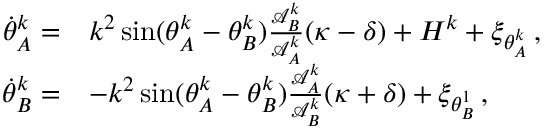
\begin{array} { r l } { \dot { \theta } _ { A } ^ { k } = } & { k ^ { 2 } \sin ( \theta _ { A } ^ { k } - \theta _ { B } ^ { k } ) \frac { \mathcal { A } _ { B } ^ { k } } { \mathcal { A } _ { A } ^ { k } } ( \kappa - \delta ) + H ^ { k } + \xi _ { \theta _ { A } ^ { k } } \, , } \\ { \dot { \theta } _ { B } ^ { k } = } & { - k ^ { 2 } \sin ( \theta _ { A } ^ { k } - \theta _ { B } ^ { k } ) \frac { \mathcal { A } _ { A } ^ { k } } { \mathcal { A } _ { B } ^ { k } } ( \kappa + \delta ) + \xi _ { \theta _ { B } ^ { 1 } } \, , } \end{array}